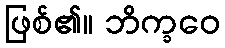
ဖြစ်၏။ ဘိက္ခဝေ